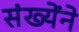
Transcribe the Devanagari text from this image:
संख्येंने